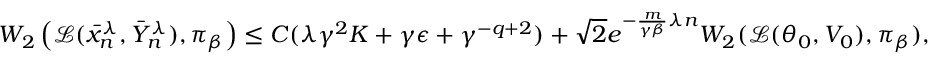
\begin{array} { r } { W _ { 2 } \left( \mathcal { L } ( \bar { x } _ { n } ^ { \lambda } , \bar { Y } _ { n } ^ { \lambda } ) , \pi _ { \beta } \right) \leq C ( \lambda \gamma ^ { 2 } K + \gamma \epsilon + \gamma ^ { - { q } + 2 } ) + \sqrt { 2 } e ^ { - \frac { m } { \gamma \beta } \lambda n } W _ { 2 } ( \mathcal { L } ( \theta _ { 0 } , V _ { 0 } ) , \pi _ { \beta } ) , } \end{array}